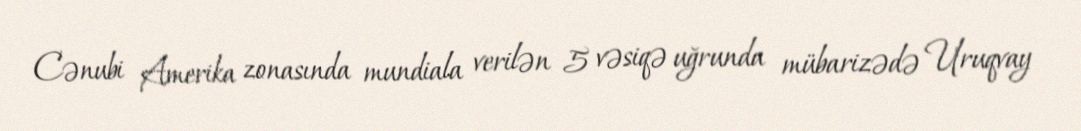
Cənubi Amerika zonasında mundiala verilən 5 vəsiqə uğrunda mübarizədə Uruqvay